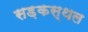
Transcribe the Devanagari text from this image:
सड़कस्थल